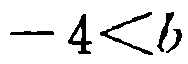
\(-4 < b\)